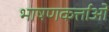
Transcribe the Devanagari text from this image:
भाषणकर्त्ताओं